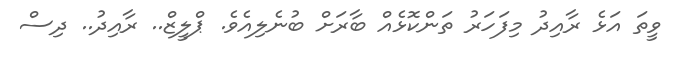
ވީތަ އަޅެ ރާއިދު މިފަހަރު ތަންކޮޅެއް ބާރަށް ބުނެލިއެވެ. ޕްލީޒް.. ރާއިދު.. ދިސް